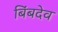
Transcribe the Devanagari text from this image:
बिंबदेव